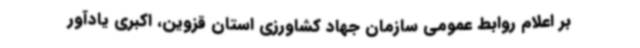
بر اعلام روابط عمومی سازمان جهاد کشاورزی استان قزوین، اکبری یادآور